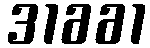
31661